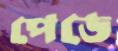
পেডে